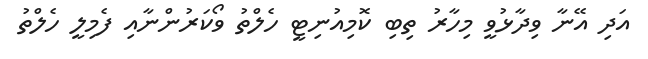
އަދި އޭނާ ވިދާޅުވީ މިހާރު ތިބި ކޮމިއުނިޓީ ހެލްތު ވޯކަރުންނާއި ފެމިލީ ހެލްތު